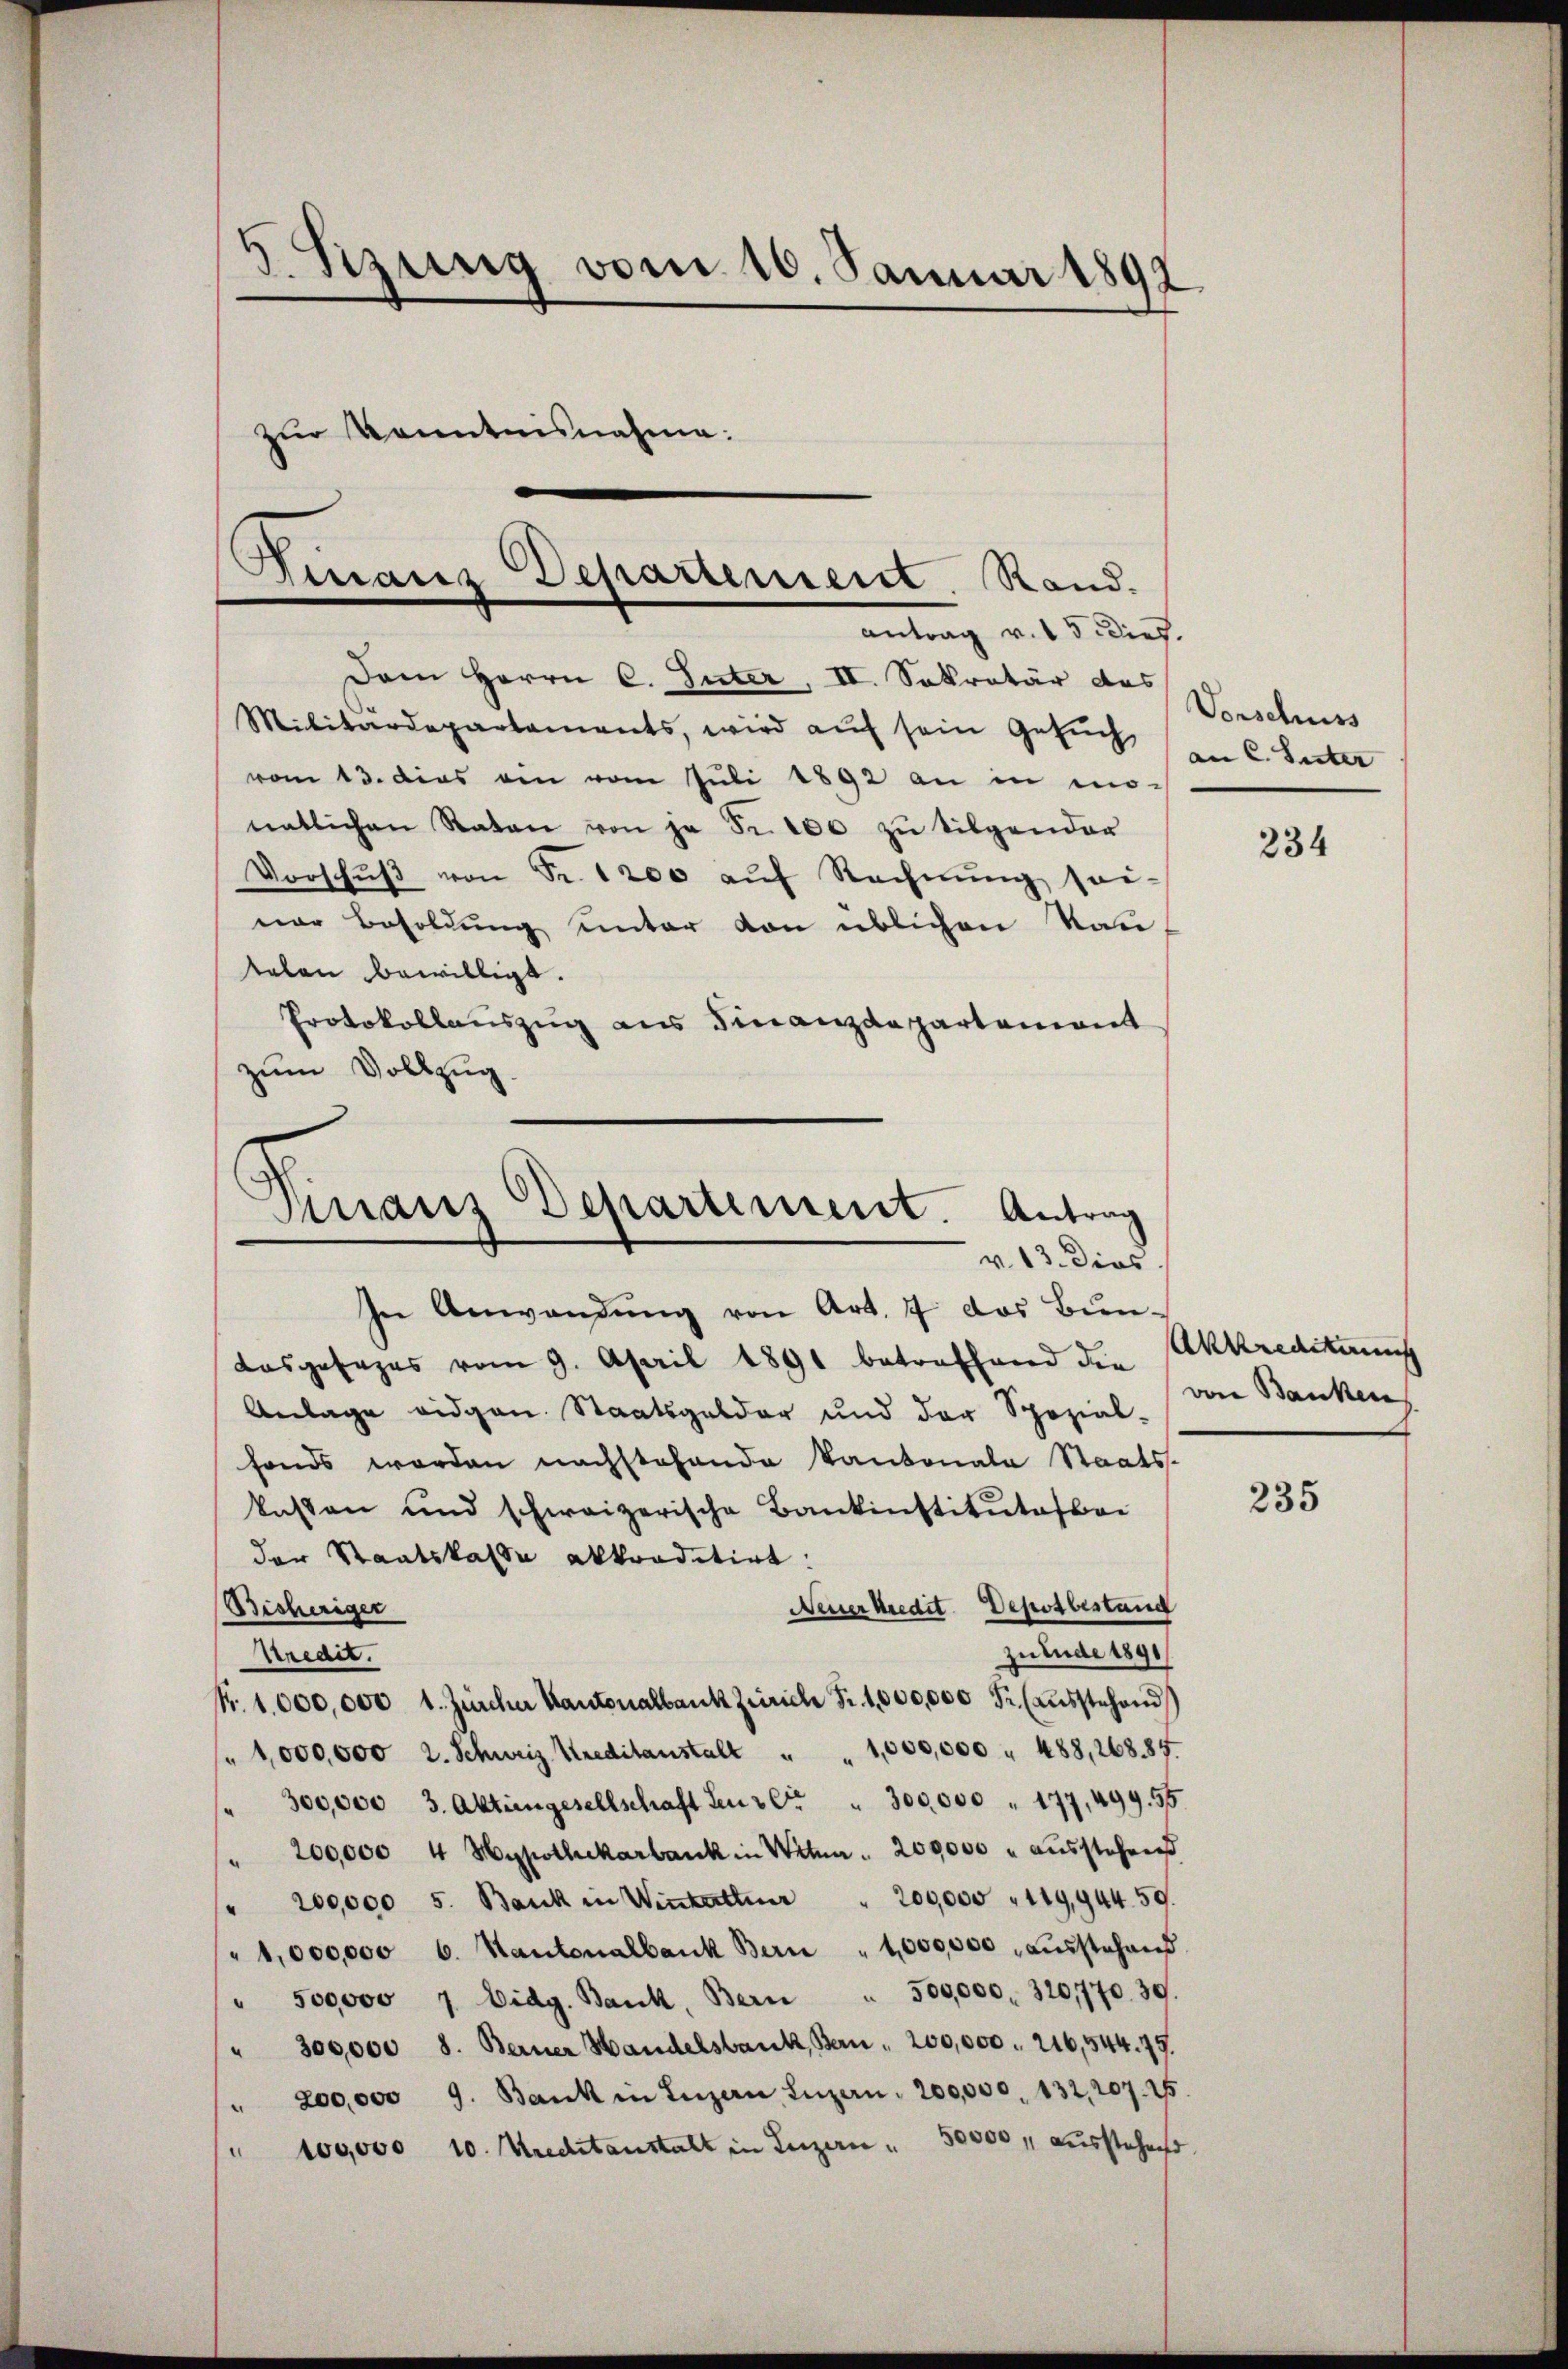
3. Szung vom 10. Januar 1892
zur Kenntnisnahme.

Finanz Departement. Rand.
antrag v. 15 dies.

Dem Herrn C. Suter, II. Sekretär das
Militärdepartements, wird aŭf sein Gesŭche Unter
vom 13. dies den vom Juli 1892 an in mo-
natlichen Raten von je Fr. 200 zŭ tilgender
Vorschŭβ von Fr. 1200 aŭf Rechnŭng sei-
ner Besoldung unter von üblichen Van
telen bewilligt.
Protokollauszug aus Finanzdepartemont
zum Vollzug
In Anwendung von Art. 7 das Bun-
Losgesages vom 9. April 1891 betreffend den Akkreditamus
Anlage eidgen. Staatsgelder und der Spozial-
fonds werden nachstehende Kantonale Staats-
kassen und schweizerische Bankinstitutesboi
der Staatskasse altraditirt.
Bisheriger
Neuer Kredit Depot bestand
zulude 1891/
Predit.
Nr. 1000,000 l. Zürcher Kantonalbank Zürich Fr. 1,000,000 Fr. (Aŭsstehend
/ 1,000,000 2. Schweiz. Kreditanstalt " " 1,000,000 " 488, 268. 85.
300,000 3. Aktiengesellschaft Lenz Cr " 300,000 " 177, 499. 55
" 200,000 4 Hypothekarbank in Wetua " 200000 " aŭsstehend
200,000 5. Bank in Wintetter " 200,000 " 119,944. 59.
"1,000,000 b. Kantonalbank Bern " 1,000,000, aŭsstehens
" 500000 7 Eidg. Bank, Bern " 500,000. 320,770. 30.
" 300,000 8. Berner Handelsbank, Bern . 200,000. 216,544. 75.
200,000 9. Bank in Luzern, Luzern, 200,000. 132, 207. 25.
" 100,000 10. Kreditanstalt in Luzern " 50000 aŭsstehend.

Vinanz Departement. Antrag
v. 13. Dies

Vorschuss

234

von Banken.

235